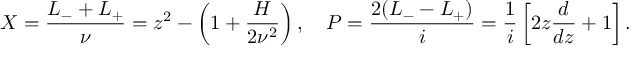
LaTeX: X = \frac { L _ { - } + L _ { + } } { \nu } = z ^ { 2 } - \left( 1 + \frac { H } { 2 \nu ^ { 2 } } \right) , ~ ~ ~ P = \frac { 2 ( L _ { - } - L _ { + } ) } { i } = \frac { 1 } { i } \left[ 2 z \frac { d } { d z } + 1 \right] .